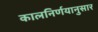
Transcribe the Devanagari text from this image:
कालनिर्णयानुसार